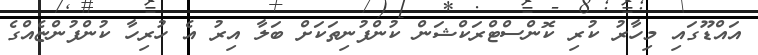
އައްޑޫގައި މިހާރު ކުރި ކޮންސްޓްރަކްޝަން ކުންފުނިތަކަށް ބަލާ އިރު އެ ހުރިހާ ކުންފުންޏެއްގެ